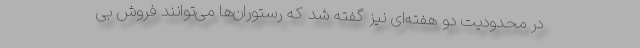
در محدودیت دو هفته‌ای نیز گفته شد که رستوران‌ها می‌توانند فروش بی